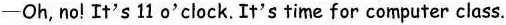
-Oh, no! It's 11 o'clock. It's time for computer class.